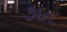
૭૪૬